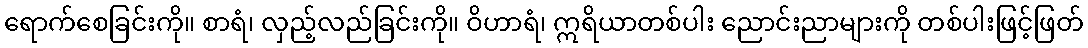
ရောက်စေခြင်းကို။ စာရံ၊ လှည့်လည်ခြင်းကို။ ဝိဟာရံ၊ ဣရိယာတစ်ပါး ညောင်းညာများကို တစ်ပါးဖြင့်ဖြတ်